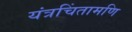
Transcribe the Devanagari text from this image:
यंत्रचिंतामणि